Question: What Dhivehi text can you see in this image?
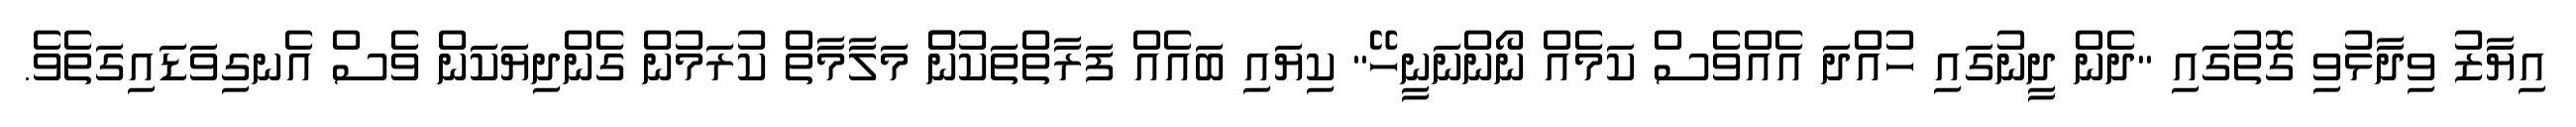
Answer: އިޔާޒު ވިދާޅުވި ގޮތުގައި "ދެން ދީނުގައި ހުއްދަ އެއްވެސް ކަމެއް ނޯންނަނީހޭ" ކިޔައި ބައެއް ފަރާތްތަކުންް މަލާމާތް ކުރަމުން ގެންދިޔަކަން ވެސް އެނގިވަޑައިގަތެވެ.